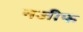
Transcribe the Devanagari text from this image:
नजीफ